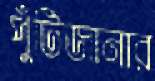
পুঁটিজানার